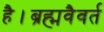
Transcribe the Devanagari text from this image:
है।ब्रह्मवैवर्त